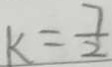
k = \frac { 7 } { 2 }